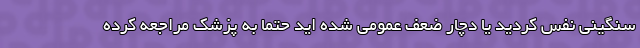
سنگینی نفس کردید یا دچار ضعف عمومی شده اید حتما به پزشک مراجعه کرده